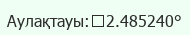
Аулақтауы:	2.485240°